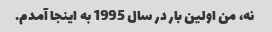
نه، من اولین بار در سال 1995 به اینجا آمدم.